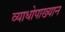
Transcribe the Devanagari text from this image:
व्याधोपाख्यान